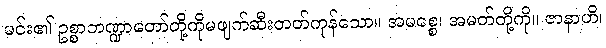
မင်း၏ ဥစ္စာဘဏ္ဍာတော်တို့ကိုမဖျက်ဆီးတတ်ကုန်သော။ အမစ္စေ၊ အမတ်တို့ကို။ ဇာနာဟိ၊